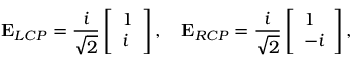
\mathbf { { E } } _ { L C P } = \frac { i } { \sqrt { 2 } } \left[ \begin{array} { l } { 1 } \\ { i } \end{array} \right] , \quad \mathbf { { E } } _ { R C P } = \frac { i } { \sqrt { 2 } } \left[ \begin{array} { l } { 1 } \\ { - i } \end{array} \right] ,